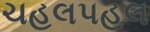
ચહલપહલ